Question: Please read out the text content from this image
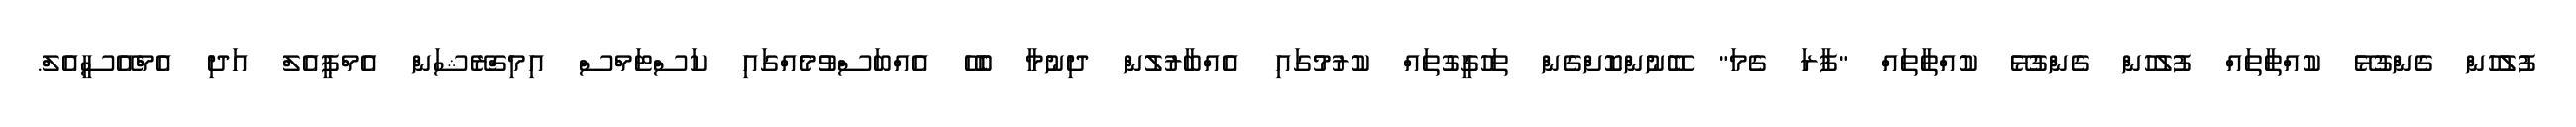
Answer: ފުލުހުން ގެންގުޅޭ ކުއްތާތައް ފުލުހުން ގެންގުޅޭ ކުއްތާތައް "ފާރަ ގެމަ" ބޭނުންކޮށްގެން ތަހުގީގުތައް ކުރުމުގައި އެއްބާރުލުން ދިނުމާ ބެހޭ އެއްބަސްވުމެއްގައި ކަސްޓަމްސް އިމިގްރޭޝަން އެމްޕީއެލް އަދި އެމްއޭސީއެލް.